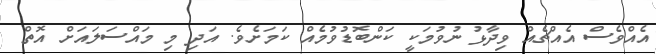
އެއްވެސް އެއްޗެއް ވިދާޅު ނުވުމަކީ ކަންބޮޑުވުމެއް ކަމަށެވެ. އަދި މި މައްސަލައަށް އޮތް